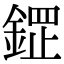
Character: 𮢟